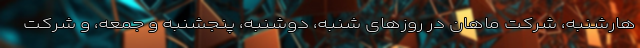
هارشنبه، شرکت ماهان در روزهای شنبه، دوشنبه، پنجشنبه و جمعه، و شرکت